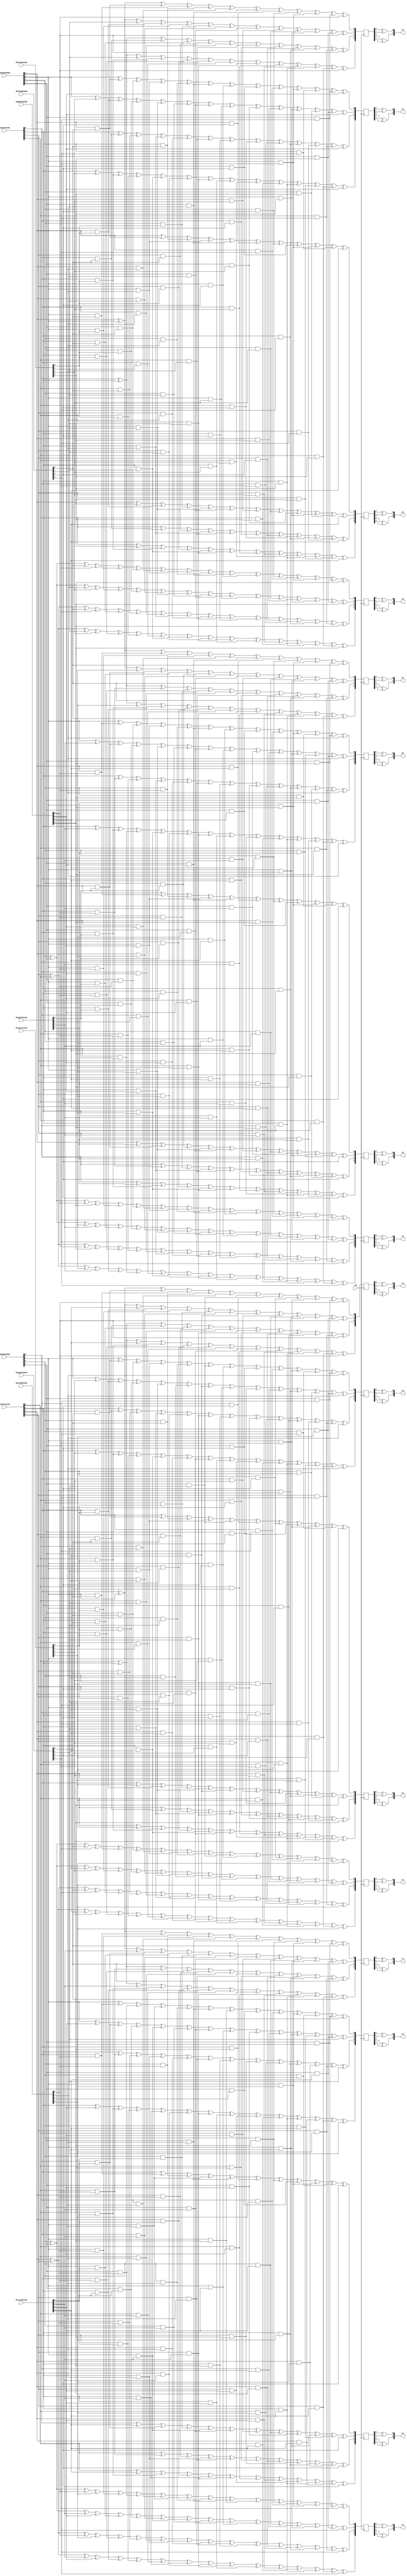
`timescale 1ns / 1ps
//////////////////////////////////////////////////////////////////////////////////
// Company: 
// Engineer: 
// 
// Design Name: 
// Module Name:    GF16Mul_Unit 
// Project Name: 
// Target Devices: 
// Tool versions: 
// Description: 
//
// Dependencies: 
//
// Revision: 
// Revision 0.01 - File Created
// Additional Comments: 
//
//////////////////////////////////////////////////////////////////////////////////
module GF16Mul_Unit(
	input				clk,
	
	// SboxA;
	input	[03:00]		da0ca0ba0aa0,
	input	[03:00]		da1ca1ba1aa1,
	
	input	[03:00]		ha0ga0fa0ea0,
	input	[03:00]		ha1ga1fa1ea1,
	
	input	[03:00]		qa0pa0na0ma0,
	input	[03:00]		qa1pa1na1ma1,
	
	output	[01:00]		xa,
	output	[01:00]		ya,
	output	[01:00]		za,
	output	[01:00]		ta,
	
	output	[01:00]		ra,
	output	[01:00]		sa,
	output	[01:00]		ua,
	output	[01:00]		va,
	
	// SboxB;
	input	[03:00]		db0cb0bb0ab0,
	input	[03:00]		db1cb1bb1ab1,
	
	input	[03:00]		hb0gb0fb0eb0,
	input	[03:00]		hb1gb1fb1eb1,
	
	input	[03:00]		qb0pb0nb0mb0,
	input	[03:00]		qb1pb1nb1mb1,
	
	output	[01:00]		xb,
	output	[01:00]		yb,
	output	[01:00]		zb,
	output	[01:00]		tb,
	
	output	[01:00]		rb,
	output	[01:00]		sb,
	output	[01:00]		ub,
	output	[01:00]		vb
    );
	
	// intermediate;
	// SboxA;
	wire				ha0, ha1;
	wire				ga0, ga1;
	wire				fa0, fa1;
	wire				ea0, ea1;
	
	wire				da0, da1;
	wire				ca0, ca1;
	wire				ba0, ba1;
	wire				aa0, aa1;
	
	wire				qa0, qa1;
	wire				pa0, pa1;
	wire				na0, na1;
	wire				ma0, ma1;
	
	wire				ma0aa0, ma0aa1;
	wire				ma1aa0, ma1aa1;
	
	wire				ma0ba0, ma0ba1;
	wire				ma1ba0, ma1ba1;
	
	wire				ma0ca0, ma0ca1;
	wire				ma1ca0, ma1ca1;
	
	wire				ma0da0, ma0da1;
	wire				ma1da0, ma1da1;
	
	wire				ma0ea0, ma0ea1;
	wire				ma1ea0, ma1ea1;
	
	wire				ma0fa0, ma0fa1;
	wire				ma1fa0, ma1fa1;
	
	wire				ma0ga0, ma0ga1;
	wire				ma1ga0, ma1ga1;
	
	wire				ma0ha0, ma0ha1;
	wire				ma1ha0, ma1ha1;
	
	wire				na0aa0, na0aa1;
	wire				na1aa0, na1aa1;
	
	wire				na0ba0, na0ba1;
	wire				na1ba0, na1ba1;
	
	wire				na0ca0, na0ca1;
	wire				na1ca0, na1ca1;
	
	wire				na0da0, na0da1;
	wire				na1da0, na1da1;
	
	wire				na0ea0, na0ea1;
	wire				na1ea0, na1ea1;
	
	wire				na0fa0, na0fa1;
	wire				na1fa0, na1fa1;
	
	wire				na0ga0, na0ga1;
	wire				na1ga0, na1ga1;
	
	wire				na0ha0, na0ha1;
	wire				na1ha0, na1ha1;
	
	wire				pa0aa0, pa0aa1;
	wire				pa1aa0, pa1aa1;
	
	wire				pa0ba0, pa0ba1;
	wire				pa1ba0, pa1ba1;
	
	wire				pa0ca0, pa0ca1;
	wire				pa1ca0, pa1ca1;
	
	wire				pa0da0, pa0da1;
	wire				pa1da0, pa1da1;
	
	wire				pa0ea0, pa0ea1;
	wire				pa1ea0, pa1ea1;
	
	wire				pa0fa0, pa0fa1;
	wire				pa1fa0, pa1fa1;
	
	wire				pa0ga0, pa0ga1;
	wire				pa1ga0, pa1ga1;
	
	wire				pa0ha0, pa0ha1;
	wire				pa1ha0, pa1ha1;
	
	wire				qa0aa0, qa0aa1;
	wire				qa1aa0, qa1aa1;
	
	wire				qa0ba0, qa0ba1;
	wire				qa1ba0, qa1ba1;
	
	wire				qa0ca0, qa0ca1;
	wire				qa1ca0, qa1ca1;
	
	wire				qa0da0, qa0da1;
	wire				qa1da0, qa1da1;
	
	wire				qa0ea0, qa0ea1;
	wire				qa1ea0, qa1ea1;
	
	wire				qa0fa0, qa0fa1;
	wire				qa1fa0, qa1fa1;
	
	wire				qa0ga0, qa0ga1;
	wire				qa1ga0, qa1ga1;
	
	wire				qa0ha0, qa0ha1;
	wire				qa1ha0, qa1ha1;
	
	reg		[03:00]		xa_r;
	reg		[03:00]		ya_r;
	reg		[03:00]		za_r;
	reg		[03:00]		ta_r;
	
	reg		[03:00]		ra_r;
	reg		[03:00]		sa_r;
	reg		[03:00]		ua_r;
	reg		[03:00]		va_r;
	
	// SboxB;
	wire				hb0, hb1;
	wire				gb0, gb1;
	wire				fb0, fb1;
	wire				eb0, eb1;
	
	wire				db0, db1;
	wire				cb0, cb1;
	wire				bb0, bb1;
	wire				ab0, ab1;
	
	wire				qb0, qb1;
	wire				pb0, pb1;
	wire				nb0, nb1;
	wire				mb0, mb1;
	
	wire				mb0ab0, mb0ab1;
	wire				mb1ab0, mb1ab1;
	
	wire				mb0bb0, mb0bb1;
	wire				mb1bb0, mb1bb1;
	
	wire				mb0cb0, mb0cb1;
	wire				mb1cb0, mb1cb1;
	
	wire				mb0db0, mb0db1;
	wire				mb1db0, mb1db1;
	
	wire				mb0eb0, mb0eb1;
	wire				mb1eb0, mb1eb1;
	
	wire				mb0fb0, mb0fb1;
	wire				mb1fb0, mb1fb1;
	
	wire				mb0gb0, mb0gb1;
	wire				mb1gb0, mb1gb1;
	
	wire				mb0hb0, mb0hb1;
	wire				mb1hb0, mb1hb1;
	
	wire				nb0ab0, nb0ab1;
	wire				nb1ab0, nb1ab1;
	
	wire				nb0bb0, nb0bb1;
	wire				nb1bb0, nb1bb1;
	
	wire				nb0cb0, nb0cb1;
	wire				nb1cb0, nb1cb1;
	
	wire				nb0db0, nb0db1;
	wire				nb1db0, nb1db1;
	
	wire				nb0eb0, nb0eb1;
	wire				nb1eb0, nb1eb1;
	
	wire				nb0fb0, nb0fb1;
	wire				nb1fb0, nb1fb1;
	
	wire				nb0gb0, nb0gb1;
	wire				nb1gb0, nb1gb1;
	
	wire				nb0hb0, nb0hb1;
	wire				nb1hb0, nb1hb1;
	
	wire				pb0ab0, pb0ab1;
	wire				pb1ab0, pb1ab1;
	
	wire				pb0bb0, pb0bb1;
	wire				pb1bb0, pb1bb1;
	
	wire				pb0cb0, pb0cb1;
	wire				pb1cb0, pb1cb1;
	
	wire				pb0db0, pb0db1;
	wire				pb1db0, pb1db1;
	
	wire				pb0eb0, pb0eb1;
	wire				pb1eb0, pb1eb1;
	
	wire				pb0fb0, pb0fb1;
	wire				pb1fb0, pb1fb1;
	
	wire				pb0gb0, pb0gb1;
	wire				pb1gb0, pb1gb1;
	
	wire				pb0hb0, pb0hb1;
	wire				pb1hb0, pb1hb1;
	
	wire				qb0ab0, qb0ab1;
	wire				qb1ab0, qb1ab1;
	
	wire				qb0bb0, qb0bb1;
	wire				qb1bb0, qb1bb1;
	
	wire				qb0cb0, qb0cb1;
	wire				qb1cb0, qb1cb1;
	
	wire				qb0db0, qb0db1;
	wire				qb1db0, qb1db1;
	
	wire				qb0eb0, qb0eb1;
	wire				qb1eb0, qb1eb1;
	
	wire				qb0fb0, qb0fb1;
	wire				qb1fb0, qb1fb1;
	
	wire				qb0gb0, qb0gb1;
	wire				qb1gb0, qb1gb1;
	
	wire				qb0hb0, qb0hb1;
	wire				qb1hb0, qb1hb1;
	
	reg		[03:00]		xb_r;
	reg		[03:00]		yb_r;
	reg		[03:00]		zb_r;
	reg		[03:00]		tb_r;
	
	reg		[03:00]		rb_r;
	reg		[03:00]		sb_r;
	reg		[03:00]		ub_r;
	reg		[03:00]		vb_r;
	
	// SboxA assign;
	assign ha0 = ha0ga0fa0ea0[3];
	assign ga0 = ha0ga0fa0ea0[2];
	assign fa0 = ha0ga0fa0ea0[1];
	assign ea0 = ha0ga0fa0ea0[0];
	
	assign da0 = da0ca0ba0aa0[3];
	assign ca0 = da0ca0ba0aa0[2];
	assign ba0 = da0ca0ba0aa0[1];
	assign aa0 = da0ca0ba0aa0[0];
	
	assign qa0 = qa0pa0na0ma0[3];
	assign pa0 = qa0pa0na0ma0[2];
	assign na0 = qa0pa0na0ma0[1];
	assign ma0 = qa0pa0na0ma0[0];
	
	assign ha1 = ha1ga1fa1ea1[3];
	assign ga1 = ha1ga1fa1ea1[2];
	assign fa1 = ha1ga1fa1ea1[1];
	assign ea1 = ha1ga1fa1ea1[0];
	
	assign da1 = da1ca1ba1aa1[3];
	assign ca1 = da1ca1ba1aa1[2];
	assign ba1 = da1ca1ba1aa1[1];
	assign aa1 = da1ca1ba1aa1[0];
	
	assign qa1 = qa1pa1na1ma1[3];
	assign pa1 = qa1pa1na1ma1[2];
	assign na1 = qa1pa1na1ma1[1];
	assign ma1 = qa1pa1na1ma1[0];
	
	assign ma0aa0 = ma0 & aa0;
	assign ma0aa1 = ma0 & aa1;
	assign ma1aa0 = ma1 & aa0;
	assign ma1aa1 = ma1 & aa1;
	
	assign ma0ba0 = ma0 & ba0;
	assign ma0ba1 = ma0 & ba1;
	assign ma1ba0 = ma1 & ba0;
	assign ma1ba1 = ma1 & ba1;
	
	assign ma0ca0 = ma0 & ca0;
	assign ma0ca1 = ma0 & ca1;
	assign ma1ca0 = ma1 & ca0;
	assign ma1ca1 = ma1 & ca1;
	
	assign ma0da0 = ma0 & da0;
	assign ma0da1 = ma0 & da1;
	assign ma1da0 = ma1 & da0;
	assign ma1da1 = ma1 & da1;
	
	assign ma0ea0 = ma0 & ea0;
	assign ma0ea1 = ma0 & ea1;
	assign ma1ea0 = ma1 & ea0;
	assign ma1ea1 = ma1 & ea1;
	
	assign ma0fa0 = ma0 & fa0;
	assign ma0fa1 = ma0 & fa1;
	assign ma1fa0 = ma1 & fa0;
	assign ma1fa1 = ma1 & fa1;
	
	assign ma0ga0 = ma0 & ga0;
	assign ma0ga1 = ma0 & ga1;
	assign ma1ga0 = ma1 & ga0;
	assign ma1ga1 = ma1 & ga1;
	
	assign ma0ha0 = ma0 & ha0;
	assign ma0ha1 = ma0 & ha1;
	assign ma1ha0 = ma1 & ha0;
	assign ma1ha1 = ma1 & ha1;
	
	assign na0aa0 = na0 & aa0;
	assign na0aa1 = na0 & aa1;
	assign na1aa0 = na1 & aa0;
	assign na1aa1 = na1 & aa1;
	
	assign na0ba0 = na0 & ba0;
	assign na0ba1 = na0 & ba1;
	assign na1ba0 = na1 & ba0;
	assign na1ba1 = na1 & ba1;
	
	assign na0ca0 = na0 & ca0;
	assign na0ca1 = na0 & ca1;
	assign na1ca0 = na1 & ca0;
	assign na1ca1 = na1 & ca1;
	
	assign na0da0 = na0 & da0;
	assign na0da1 = na0 & da1;
	assign na1da0 = na1 & da0;
	assign na1da1 = na1 & da1;
	
	assign na0ea0 = na0 & ea0;
	assign na0ea1 = na0 & ea1;
	assign na1ea0 = na1 & ea0;
	assign na1ea1 = na1 & ea1;
	
	assign na0fa0 = na0 & fa0;
	assign na0fa1 = na0 & fa1;
	assign na1fa0 = na1 & fa0;
	assign na1fa1 = na1 & fa1;
	
	assign na0ga0 = na0 & ga0;
	assign na0ga1 = na0 & ga1;
	assign na1ga0 = na1 & ga0;
	assign na1ga1 = na1 & ga1;
	
	assign na0ha0 = na0 & ha0;
	assign na0ha1 = na0 & ha1;
	assign na1ha0 = na1 & ha0;
	assign na1ha1 = na1 & ha1;
	
	assign pa0aa0 = pa0 & aa0;
	assign pa0aa1 = pa0 & aa1;
	assign pa1aa0 = pa1 & aa0;
	assign pa1aa1 = pa1 & aa1;
	
	assign pa0ba0 = pa0 & ba0;
	assign pa0ba1 = pa0 & ba1;
	assign pa1ba0 = pa1 & ba0;
	assign pa1ba1 = pa1 & ba1;
	
	assign pa0ca0 = pa0 & ca0;
	assign pa0ca1 = pa0 & ca1;
	assign pa1ca0 = pa1 & ca0;
	assign pa1ca1 = pa1 & ca1;
	
	assign pa0da0 = pa0 & da0;
	assign pa0da1 = pa0 & da1;
	assign pa1da0 = pa1 & da0;
	assign pa1da1 = pa1 & da1;
	
	assign pa0ea0 = pa0 & ea0;
	assign pa0ea1 = pa0 & ea1;
	assign pa1ea0 = pa1 & ea0;
	assign pa1ea1 = pa1 & ea1;
	
	assign pa0fa0 = pa0 & fa0;
	assign pa0fa1 = pa0 & fa1;
	assign pa1fa0 = pa1 & fa0;
	assign pa1fa1 = pa1 & fa1;
	
	assign pa0ga0 = pa0 & ga0;
	assign pa0ga1 = pa0 & ga1;
	assign pa1ga0 = pa1 & ga0;
	assign pa1ga1 = pa1 & ga1;
	
	assign pa0ha0 = pa0 & ha0;
	assign pa0ha1 = pa0 & ha1;
	assign pa1ha0 = pa1 & ha0;
	assign pa1ha1 = pa1 & ha1;
	
	assign qa0aa0 = qa0 & aa0;
	assign qa0aa1 = qa0 & aa1;
	assign qa1aa0 = qa1 & aa0;
	assign qa1aa1 = qa1 & aa1;
	
	assign qa0ba0 = qa0 & ba0;
	assign qa0ba1 = qa0 & ba1;
	assign qa1ba0 = qa1 & ba0;
	assign qa1ba1 = qa1 & ba1;
	
	assign qa0ca0 = qa0 & ca0;
	assign qa0ca1 = qa0 & ca1;
	assign qa1ca0 = qa1 & ca0;
	assign qa1ca1 = qa1 & ca1;
	
	assign qa0da0 = qa0 & da0;
	assign qa0da1 = qa0 & da1;
	assign qa1da0 = qa1 & da0;
	assign qa1da1 = qa1 & da1;
	
	assign qa0ea0 = qa0 & ea0;
	assign qa0ea1 = qa0 & ea1;
	assign qa1ea0 = qa1 & ea0;
	assign qa1ea1 = qa1 & ea1;
	
	assign qa0fa0 = qa0 & fa0;
	assign qa0fa1 = qa0 & fa1;
	assign qa1fa0 = qa1 & fa0;
	assign qa1fa1 = qa1 & fa1;
	
	assign qa0ga0 = qa0 & ga0;
	assign qa0ga1 = qa0 & ga1;
	assign qa1ga0 = qa1 & ga0;
	assign qa1ga1 = qa1 & ga1;
	
	assign qa0ha0 = qa0 & ha0;
	assign qa0ha1 = qa0 & ha1;
	assign qa1ha0 = qa1 & ha0;
	assign qa1ha1 = qa1 & ha1;
	
	// SboxB assign;
	assign hb0 = hb0gb0fb0eb0[3];
	assign gb0 = hb0gb0fb0eb0[2];
	assign fb0 = hb0gb0fb0eb0[1];
	assign eb0 = hb0gb0fb0eb0[0];
	
	assign db0 = db0cb0bb0ab0[3];
	assign cb0 = db0cb0bb0ab0[2];
	assign bb0 = db0cb0bb0ab0[1];
	assign ab0 = db0cb0bb0ab0[0];
	
	assign qb0 = qb0pb0nb0mb0[3];
	assign pb0 = qb0pb0nb0mb0[2];
	assign nb0 = qb0pb0nb0mb0[1];
	assign mb0 = qb0pb0nb0mb0[0];
	
	assign hb1 = hb1gb1fb1eb1[3];
	assign gb1 = hb1gb1fb1eb1[2];
	assign fb1 = hb1gb1fb1eb1[1];
	assign eb1 = hb1gb1fb1eb1[0];
	
	assign db1 = db1cb1bb1ab1[3];
	assign cb1 = db1cb1bb1ab1[2];
	assign bb1 = db1cb1bb1ab1[1];
	assign ab1 = db1cb1bb1ab1[0];
	
	assign qb1 = qb1pb1nb1mb1[3];
	assign pb1 = qb1pb1nb1mb1[2];
	assign nb1 = qb1pb1nb1mb1[1];
	assign mb1 = qb1pb1nb1mb1[0];
	
	assign mb0ab0 = mb0 & ab0;
	assign mb0ab1 = mb0 & ab1;
	assign mb1ab0 = mb1 & ab0;
	assign mb1ab1 = mb1 & ab1;
	
	assign mb0bb0 = mb0 & bb0;
	assign mb0bb1 = mb0 & bb1;
	assign mb1bb0 = mb1 & bb0;
	assign mb1bb1 = mb1 & bb1;
	
	assign mb0cb0 = mb0 & cb0;
	assign mb0cb1 = mb0 & cb1;
	assign mb1cb0 = mb1 & cb0;
	assign mb1cb1 = mb1 & cb1;
	
	assign mb0db0 = mb0 & db0;
	assign mb0db1 = mb0 & db1;
	assign mb1db0 = mb1 & db0;
	assign mb1db1 = mb1 & db1;
	
	assign mb0eb0 = mb0 & eb0;
	assign mb0eb1 = mb0 & eb1;
	assign mb1eb0 = mb1 & eb0;
	assign mb1eb1 = mb1 & eb1;
	
	assign mb0fb0 = mb0 & fb0;
	assign mb0fb1 = mb0 & fb1;
	assign mb1fb0 = mb1 & fb0;
	assign mb1fb1 = mb1 & fb1;
	
	assign mb0gb0 = mb0 & gb0;
	assign mb0gb1 = mb0 & gb1;
	assign mb1gb0 = mb1 & gb0;
	assign mb1gb1 = mb1 & gb1;
	
	assign mb0hb0 = mb0 & hb0;
	assign mb0hb1 = mb0 & hb1;
	assign mb1hb0 = mb1 & hb0;
	assign mb1hb1 = mb1 & hb1;
	
	assign nb0ab0 = nb0 & ab0;
	assign nb0ab1 = nb0 & ab1;
	assign nb1ab0 = nb1 & ab0;
	assign nb1ab1 = nb1 & ab1;
	
	assign nb0bb0 = nb0 & bb0;
	assign nb0bb1 = nb0 & bb1;
	assign nb1bb0 = nb1 & bb0;
	assign nb1bb1 = nb1 & bb1;
	
	assign nb0cb0 = nb0 & cb0;
	assign nb0cb1 = nb0 & cb1;
	assign nb1cb0 = nb1 & cb0;
	assign nb1cb1 = nb1 & cb1;
	
	assign nb0db0 = nb0 & db0;
	assign nb0db1 = nb0 & db1;
	assign nb1db0 = nb1 & db0;
	assign nb1db1 = nb1 & db1;
	
	assign nb0eb0 = nb0 & eb0;
	assign nb0eb1 = nb0 & eb1;
	assign nb1eb0 = nb1 & eb0;
	assign nb1eb1 = nb1 & eb1;
	
	assign nb0fb0 = nb0 & fb0;
	assign nb0fb1 = nb0 & fb1;
	assign nb1fb0 = nb1 & fb0;
	assign nb1fb1 = nb1 & fb1;
	
	assign nb0gb0 = nb0 & gb0;
	assign nb0gb1 = nb0 & gb1;
	assign nb1gb0 = nb1 & gb0;
	assign nb1gb1 = nb1 & gb1;
	
	assign nb0hb0 = nb0 & hb0;
	assign nb0hb1 = nb0 & hb1;
	assign nb1hb0 = nb1 & hb0;
	assign nb1hb1 = nb1 & hb1;
	
	assign pb0ab0 = pb0 & ab0;
	assign pb0ab1 = pb0 & ab1;
	assign pb1ab0 = pb1 & ab0;
	assign pb1ab1 = pb1 & ab1;
	
	assign pb0bb0 = pb0 & bb0;
	assign pb0bb1 = pb0 & bb1;
	assign pb1bb0 = pb1 & bb0;
	assign pb1bb1 = pb1 & bb1;
	
	assign pb0cb0 = pb0 & cb0;
	assign pb0cb1 = pb0 & cb1;
	assign pb1cb0 = pb1 & cb0;
	assign pb1cb1 = pb1 & cb1;
	
	assign pb0db0 = pb0 & db0;
	assign pb0db1 = pb0 & db1;
	assign pb1db0 = pb1 & db0;
	assign pb1db1 = pb1 & db1;
	
	assign pb0eb0 = pb0 & eb0;
	assign pb0eb1 = pb0 & eb1;
	assign pb1eb0 = pb1 & eb0;
	assign pb1eb1 = pb1 & eb1;
	
	assign pb0fb0 = pb0 & fb0;
	assign pb0fb1 = pb0 & fb1;
	assign pb1fb0 = pb1 & fb0;
	assign pb1fb1 = pb1 & fb1;
	
	assign pb0gb0 = pb0 & gb0;
	assign pb0gb1 = pb0 & gb1;
	assign pb1gb0 = pb1 & gb0;
	assign pb1gb1 = pb1 & gb1;
	
	assign pb0hb0 = pb0 & hb0;
	assign pb0hb1 = pb0 & hb1;
	assign pb1hb0 = pb1 & hb0;
	assign pb1hb1 = pb1 & hb1;
	
	assign qb0ab0 = qb0 & ab0;
	assign qb0ab1 = qb0 & ab1;
	assign qb1ab0 = qb1 & ab0;
	assign qb1ab1 = qb1 & ab1;
	
	assign qb0bb0 = qb0 & bb0;
	assign qb0bb1 = qb0 & bb1;
	assign qb1bb0 = qb1 & bb0;
	assign qb1bb1 = qb1 & bb1;
	
	assign qb0cb0 = qb0 & cb0;
	assign qb0cb1 = qb0 & cb1;
	assign qb1cb0 = qb1 & cb0;
	assign qb1cb1 = qb1 & cb1;
	
	assign qb0db0 = qb0 & db0;
	assign qb0db1 = qb0 & db1;
	assign qb1db0 = qb1 & db0;
	assign qb1db1 = qb1 & db1;
	
	assign qb0eb0 = qb0 & eb0;
	assign qb0eb1 = qb0 & eb1;
	assign qb1eb0 = qb1 & eb0;
	assign qb1eb1 = qb1 & eb1;
	
	assign qb0fb0 = qb0 & fb0;
	assign qb0fb1 = qb0 & fb1;
	assign qb1fb0 = qb1 & fb0;
	assign qb1fb1 = qb1 & fb1;
	
	assign qb0gb0 = qb0 & gb0;
	assign qb0gb1 = qb0 & gb1;
	assign qb1gb0 = qb1 & gb0;
	assign qb1gb1 = qb1 & gb1;
	
	assign qb0hb0 = qb0 & hb0;
	assign qb0hb1 = qb0 & hb1;
	assign qb1hb0 = qb1 & hb0;
	assign qb1hb1 = qb1 & hb1;
	
	//// SboxA Masking Scheme;
	// xa_r;
	always @(posedge clk)
	begin
		xa_r[0] <= ma0 ^ na0	   ^ ma0ea0 ^ na0ea0 ^ pa0ea0 ^ ma0fa0 ^ qa0fa0 ^ ma0ga0 ^ pa0ga0 ^ na0ha0 ^ qa0ha0 ^ aa0;
		xa_r[1] <= ma0 ^ na0 ^ fa1 ^ ma0ea1 ^ na0ea1 ^ pa0ea1 ^ ma0fa1 ^ qa0fa1 ^ ma0ga1 ^ pa0ga1 ^ na0ha1 ^ qa0ha1 ^ aa0;
		xa_r[2] <= ma1 ^ na1	   ^ ma1ea0 ^ na1ea0 ^ pa1ea0 ^ ma1fa0 ^ qa1fa0 ^ ma1ga0 ^ pa1ga0 ^ na1ha0 ^ qa1ha0 ^ aa0;
		xa_r[3] <= ma1 ^ na1 ^ fa1 ^ ma1ea1 ^ na1ea1 ^ pa1ea1 ^ ma1fa1 ^ qa1fa1 ^ ma1ga1 ^ pa1ga1 ^ na1ha1 ^ qa1ha1 ^ aa0;
	end
	
	// ya_r;
	always @(posedge clk)
	begin
		ya_r[0] <= na0		 ^ ma0ea0 ^ qa0ea0 ^ na0fa0 ^ pa0fa0 ^ qa0fa0 ^ na0ga0 ^ qa0ga0 ^ ma0ha0 ^ na0ha0 ^ pa0ha0 ^ qa0ha0 ^ ba0;
		ya_r[1] <= na0 ^ ga1 ^ ma0ea1 ^ qa0ea1 ^ na0fa1 ^ pa0fa1 ^ qa0fa1 ^ na0ga1 ^ qa0ga1 ^ ma0ha1 ^ na0ha1 ^ pa0ha1 ^ qa0ha1 ^ ba0;
		ya_r[2] <= na1		 ^ ma1ea0 ^ qa1ea0 ^ na1fa0 ^ pa1fa0 ^ qa1fa0 ^ na1ga0 ^ qa1ga0 ^ ma1ha0 ^ na1ha0 ^ pa1ha0 ^ qa1ha0 ^ ba0;
		ya_r[3] <= na1 ^ ga1 ^ ma1ea1 ^ qa1ea1 ^ na1fa1 ^ pa1fa1 ^ qa1fa1 ^ na1ga1 ^ qa1ga1 ^ ma1ha1 ^ na1ha1 ^ pa1ha1 ^ qa1ha1 ^ ba0;
	end
	
	// za_r;
	always @(posedge clk)
	begin
		za_r[0] <= ma0		 ^ ma0ea0 ^ pa0ea0 ^ na0fa0 ^ qa0fa0 ^ ma0ga0 ^ pa0ga0 ^ qa0ga0 ^ na0ha0 ^ pa0ha0 ^ ca0;
		za_r[1] <= ma0 ^ ha1 ^ ma0ea1 ^ pa0ea1 ^ na0fa1 ^ qa0fa1 ^ ma0ga1 ^ pa0ga1 ^ qa0ga1 ^ na0ha1 ^ pa0ha1 ^ ca0;
		za_r[2] <= ma1		 ^ ma1ea0 ^ pa1ea0 ^ na1fa0 ^ qa1fa0 ^ ma1ga0 ^ pa1ga0 ^ qa1ga0 ^ na1ha0 ^ pa1ha0 ^ ca0;
		za_r[3] <= ma1 ^ ha1 ^ ma1ea1 ^ pa1ea1 ^ na1fa1 ^ qa1fa1 ^ ma1ga1 ^ pa1ga1 ^ qa1ga1 ^ na1ha1 ^ pa1ha1 ^ ca0;
	end
	
	// ta_r;
	always @(posedge clk)
	begin
		ta_r[0] <= pa0 ^ qa0 ^ ea0 ^ ha0 ^ na0ea0 ^ qa0ea0 ^ ma0fa0 ^ na0fa0 ^ pa0fa0 ^ qa0fa0 ^ na0ga0 ^ pa0ga0 ^ ma0ha0 ^ na0ha0 ^ qa0ha0 ^ da0;
		ta_r[1] <= pa0 ^ qa0 ^ fa1 ^ ga1 ^ na0ea1 ^ qa0ea1 ^ ma0fa1 ^ na0fa1 ^ pa0fa1 ^ qa0fa1 ^ na0ga1 ^ pa0ga1 ^ ma0ha1 ^ na0ha1 ^ qa0ha1 ^ da0;
		ta_r[2] <= pa1 ^ qa1 ^ ea0 ^ ha0 ^ na1ea0 ^ qa1ea0 ^ ma1fa0 ^ na1fa0 ^ pa1fa0 ^ qa1fa0 ^ na1ga0 ^ pa1ga0 ^ ma1ha0 ^ na1ha0 ^ qa1ha0 ^ da0;
		ta_r[3] <= pa1 ^ qa1 ^ fa1 ^ ga1 ^ na1ea1 ^ qa1ea1 ^ ma1fa1 ^ na1fa1 ^ pa1fa1 ^ qa1fa1 ^ na1ga1 ^ pa1ga1 ^ ma1ha1 ^ na1ha1 ^ qa1ha1 ^ da0;
	end
	
	// ra_r;
	always @(posedge clk)
	begin
		ra_r[0] <= ma0 ^ na0	   ^ ma0aa0 ^ na0aa0 ^ pa0aa0 ^ ma0ba0 ^ qa0ba0 ^ ma0ca0 ^ pa0ca0 ^ na0da0 ^ qa0da0 ^ ea0;
		ra_r[1] <= ma0 ^ na0 ^ ba1 ^ ma0aa1 ^ na0aa1 ^ pa0aa1 ^ ma0ba1 ^ qa0ba1 ^ ma0ca1 ^ pa0ca1 ^ na0da1 ^ qa0da1 ^ ea0;
		ra_r[2] <= ma1 ^ na1	   ^ ma1aa0 ^ na1aa0 ^ pa1aa0 ^ ma1ba0 ^ qa1ba0 ^ ma1ca0 ^ pa1ca0 ^ na1da0 ^ qa1da0 ^ ea0;
		ra_r[3] <= ma1 ^ na1 ^ ba1 ^ ma1aa1 ^ na1aa1 ^ pa1aa1 ^ ma1ba1 ^ qa1ba1 ^ ma1ca1 ^ pa1ca1 ^ na1da1 ^ qa1da1 ^ ea0;
	end
	
	// sa_r;
	always @(posedge clk)
	begin
		sa_r[0] <= na0		 ^ ma0aa0 ^ qa0aa0 ^ na0ba0 ^ pa0ba0 ^ qa0ba0 ^ na0ca0 ^ qa0ca0 ^ ma0da0 ^ na0da0 ^ pa0da0 ^ qa0da0 ^ fa0;
		sa_r[1] <= na0 ^ ca1 ^ ma0aa1 ^ qa0aa1 ^ na0ba1 ^ pa0ba1 ^ qa0ba1 ^ na0ca1 ^ qa0ca1 ^ ma0da1 ^ na0da1 ^ pa0da1 ^ qa0da1 ^ fa0;
		sa_r[2] <= na1		 ^ ma1aa0 ^ qa1aa0 ^ na1ba0 ^ pa1ba0 ^ qa1ba0 ^ na1ca0 ^ qa1ca0 ^ ma1da0 ^ na1da0 ^ pa1da0 ^ qa1da0 ^ fa0;
		sa_r[3] <= na1 ^ ca1 ^ ma1aa1 ^ qa1aa1 ^ na1ba1 ^ pa1ba1 ^ qa1ba1 ^ na1ca1 ^ qa1ca1 ^ ma1da1 ^ na1da1 ^ pa1da1 ^ qa1da1 ^ fa0;
	end
	
	// ua_r;
	always @(posedge clk)
	begin
		ua_r[0] <= ma0		 ^ ma0aa0 ^ pa0aa0 ^ na0ba0 ^ qa0ba0 ^ ma0ca0 ^ pa0ca0 ^ qa0ca0 ^ na0da0 ^ pa0da0 ^ ga0;
		ua_r[1] <= ma0 ^ da1 ^ ma0aa1 ^ pa0aa1 ^ na0ba1 ^ qa0ba1 ^ ma0ca1 ^ pa0ca1 ^ qa0ca1 ^ na0da1 ^ pa0da1 ^ ga0;
		ua_r[2] <= ma1		 ^ ma1aa0 ^ pa1aa0 ^ na1ba0 ^ qa1ba0 ^ ma1ca0 ^ pa1ca0 ^ qa1ca0 ^ na1da0 ^ pa1da0 ^ ga0;
		ua_r[3] <= ma1 ^ da1 ^ ma1aa1 ^ pa1aa1 ^ na1ba1 ^ qa1ba1 ^ ma1ca1 ^ pa1ca1 ^ qa1ca1 ^ na1da1 ^ pa1da1 ^ ga0;
	end
	
	// va_r;
	always @(posedge clk)
	begin
		va_r[0] <= pa0 ^ qa0 ^ aa0 ^ da0 ^ na0aa0 ^ qa0aa0 ^ ma0ba0 ^ na0ba0 ^ pa0ba0 ^ qa0ba0 ^ na0ca0 ^ pa0ca0 ^ ma0da0 ^ na0da0 ^ qa0da0 ^ ha0;
		va_r[1] <= pa0 ^ qa0 ^ ba1 ^ ca1 ^ na0aa1 ^ qa0aa1 ^ ma0ba1 ^ na0ba1 ^ pa0ba1 ^ qa0ba1 ^ na0ca1 ^ pa0ca1 ^ ma0da1 ^ na0da1 ^ qa0da1 ^ ha0;
		va_r[2] <= pa1 ^ qa1 ^ aa0 ^ da0 ^ na1aa0 ^ qa1aa0 ^ ma1ba0 ^ na1ba0 ^ pa1ba0 ^ qa1ba0 ^ na1ca0 ^ pa1ca0 ^ ma1da0 ^ na1da0 ^ qa1da0 ^ ha0;
		va_r[3] <= pa1 ^ qa1 ^ ba1 ^ ca1 ^ na1aa1 ^ qa1aa1 ^ ma1ba1 ^ na1ba1 ^ pa1ba1 ^ qa1ba1 ^ na1ca1 ^ pa1ca1 ^ ma1da1 ^ na1da1 ^ qa1da1 ^ ha0;
	end
	
	//// SboxB mbsking Scheme;
	// xb_r;
	always @(posedge clk)
	begin
		xb_r[0] <= mb0 ^ nb0	   ^ mb0eb0 ^ nb0eb0 ^ pb0eb0 ^ mb0fb0 ^ qb0fb0 ^ mb0gb0 ^ pb0gb0 ^ nb0hb0 ^ qb0hb0 ^ ab0;
		xb_r[1] <= mb0 ^ nb0 ^ fb1 ^ mb0eb1 ^ nb0eb1 ^ pb0eb1 ^ mb0fb1 ^ qb0fb1 ^ mb0gb1 ^ pb0gb1 ^ nb0hb1 ^ qb0hb1 ^ ab0;
		xb_r[2] <= mb1 ^ nb1	   ^ mb1eb0 ^ nb1eb0 ^ pb1eb0 ^ mb1fb0 ^ qb1fb0 ^ mb1gb0 ^ pb1gb0 ^ nb1hb0 ^ qb1hb0 ^ ab0;
		xb_r[3] <= mb1 ^ nb1 ^ fb1 ^ mb1eb1 ^ nb1eb1 ^ pb1eb1 ^ mb1fb1 ^ qb1fb1 ^ mb1gb1 ^ pb1gb1 ^ nb1hb1 ^ qb1hb1 ^ ab0;
	end
	
	// yb_r;
	always @(posedge clk)
	begin
		yb_r[0] <= nb0		 ^ mb0eb0 ^ qb0eb0 ^ nb0fb0 ^ pb0fb0 ^ qb0fb0 ^ nb0gb0 ^ qb0gb0 ^ mb0hb0 ^ nb0hb0 ^ pb0hb0 ^ qb0hb0 ^ bb0;
		yb_r[1] <= nb0 ^ gb1 ^ mb0eb1 ^ qb0eb1 ^ nb0fb1 ^ pb0fb1 ^ qb0fb1 ^ nb0gb1 ^ qb0gb1 ^ mb0hb1 ^ nb0hb1 ^ pb0hb1 ^ qb0hb1 ^ bb0;
		yb_r[2] <= nb1		 ^ mb1eb0 ^ qb1eb0 ^ nb1fb0 ^ pb1fb0 ^ qb1fb0 ^ nb1gb0 ^ qb1gb0 ^ mb1hb0 ^ nb1hb0 ^ pb1hb0 ^ qb1hb0 ^ bb0;
		yb_r[3] <= nb1 ^ gb1 ^ mb1eb1 ^ qb1eb1 ^ nb1fb1 ^ pb1fb1 ^ qb1fb1 ^ nb1gb1 ^ qb1gb1 ^ mb1hb1 ^ nb1hb1 ^ pb1hb1 ^ qb1hb1 ^ bb0;
	end
	
	// zb_r;
	always @(posedge clk)
	begin
		zb_r[0] <= mb0		 ^ mb0eb0 ^ pb0eb0 ^ nb0fb0 ^ qb0fb0 ^ mb0gb0 ^ pb0gb0 ^ qb0gb0 ^ nb0hb0 ^ pb0hb0 ^ cb0;
		zb_r[1] <= mb0 ^ hb1 ^ mb0eb1 ^ pb0eb1 ^ nb0fb1 ^ qb0fb1 ^ mb0gb1 ^ pb0gb1 ^ qb0gb1 ^ nb0hb1 ^ pb0hb1 ^ cb0;
		zb_r[2] <= mb1		 ^ mb1eb0 ^ pb1eb0 ^ nb1fb0 ^ qb1fb0 ^ mb1gb0 ^ pb1gb0 ^ qb1gb0 ^ nb1hb0 ^ pb1hb0 ^ cb0;
		zb_r[3] <= mb1 ^ hb1 ^ mb1eb1 ^ pb1eb1 ^ nb1fb1 ^ qb1fb1 ^ mb1gb1 ^ pb1gb1 ^ qb1gb1 ^ nb1hb1 ^ pb1hb1 ^ cb0;
	end
	
	// tb_r;
	always @(posedge clk)
	begin
		tb_r[0] <= pb0 ^ qb0 ^ eb0 ^ hb0 ^ nb0eb0 ^ qb0eb0 ^ mb0fb0 ^ nb0fb0 ^ pb0fb0 ^ qb0fb0 ^ nb0gb0 ^ pb0gb0 ^ mb0hb0 ^ nb0hb0 ^ qb0hb0 ^ db0;
		tb_r[1] <= pb0 ^ qb0 ^ fb1 ^ gb1 ^ nb0eb1 ^ qb0eb1 ^ mb0fb1 ^ nb0fb1 ^ pb0fb1 ^ qb0fb1 ^ nb0gb1 ^ pb0gb1 ^ mb0hb1 ^ nb0hb1 ^ qb0hb1 ^ db0;
		tb_r[2] <= pb1 ^ qb1 ^ eb0 ^ hb0 ^ nb1eb0 ^ qb1eb0 ^ mb1fb0 ^ nb1fb0 ^ pb1fb0 ^ qb1fb0 ^ nb1gb0 ^ pb1gb0 ^ mb1hb0 ^ nb1hb0 ^ qb1hb0 ^ db0;
		tb_r[3] <= pb1 ^ qb1 ^ fb1 ^ gb1 ^ nb1eb1 ^ qb1eb1 ^ mb1fb1 ^ nb1fb1 ^ pb1fb1 ^ qb1fb1 ^ nb1gb1 ^ pb1gb1 ^ mb1hb1 ^ nb1hb1 ^ qb1hb1 ^ db0;
	end
	
	// rb_r;
	always @(posedge clk)
	begin
		rb_r[0] <= mb0 ^ nb0	   ^ mb0ab0 ^ nb0ab0 ^ pb0ab0 ^ mb0bb0 ^ qb0bb0 ^ mb0cb0 ^ pb0cb0 ^ nb0db0 ^ qb0db0 ^ eb0;
		rb_r[1] <= mb0 ^ nb0 ^ bb1 ^ mb0ab1 ^ nb0ab1 ^ pb0ab1 ^ mb0bb1 ^ qb0bb1 ^ mb0cb1 ^ pb0cb1 ^ nb0db1 ^ qb0db1 ^ eb0;
		rb_r[2] <= mb1 ^ nb1	   ^ mb1ab0 ^ nb1ab0 ^ pb1ab0 ^ mb1bb0 ^ qb1bb0 ^ mb1cb0 ^ pb1cb0 ^ nb1db0 ^ qb1db0 ^ eb0;
		rb_r[3] <= mb1 ^ nb1 ^ bb1 ^ mb1ab1 ^ nb1ab1 ^ pb1ab1 ^ mb1bb1 ^ qb1bb1 ^ mb1cb1 ^ pb1cb1 ^ nb1db1 ^ qb1db1 ^ eb0;
	end
	
	// sb_r;
	always @(posedge clk)
	begin
		sb_r[0] <= nb0		 ^ mb0ab0 ^ qb0ab0 ^ nb0bb0 ^ pb0bb0 ^ qb0bb0 ^ nb0cb0 ^ qb0cb0 ^ mb0db0 ^ nb0db0 ^ pb0db0 ^ qb0db0 ^ fb0;
		sb_r[1] <= nb0 ^ cb1 ^ mb0ab1 ^ qb0ab1 ^ nb0bb1 ^ pb0bb1 ^ qb0bb1 ^ nb0cb1 ^ qb0cb1 ^ mb0db1 ^ nb0db1 ^ pb0db1 ^ qb0db1 ^ fb0;
		sb_r[2] <= nb1		 ^ mb1ab0 ^ qb1ab0 ^ nb1bb0 ^ pb1bb0 ^ qb1bb0 ^ nb1cb0 ^ qb1cb0 ^ mb1db0 ^ nb1db0 ^ pb1db0 ^ qb1db0 ^ fb0;
		sb_r[3] <= nb1 ^ cb1 ^ mb1ab1 ^ qb1ab1 ^ nb1bb1 ^ pb1bb1 ^ qb1bb1 ^ nb1cb1 ^ qb1cb1 ^ mb1db1 ^ nb1db1 ^ pb1db1 ^ qb1db1 ^ fb0;
	end
	
	// ub_r;
	always @(posedge clk)
	begin
		ub_r[0] <= mb0		 ^ mb0ab0 ^ pb0ab0 ^ nb0bb0 ^ qb0bb0 ^ mb0cb0 ^ pb0cb0 ^ qb0cb0 ^ nb0db0 ^ pb0db0 ^ gb0;
		ub_r[1] <= mb0 ^ db1 ^ mb0ab1 ^ pb0ab1 ^ nb0bb1 ^ qb0bb1 ^ mb0cb1 ^ pb0cb1 ^ qb0cb1 ^ nb0db1 ^ pb0db1 ^ gb0;
		ub_r[2] <= mb1		 ^ mb1ab0 ^ pb1ab0 ^ nb1bb0 ^ qb1bb0 ^ mb1cb0 ^ pb1cb0 ^ qb1cb0 ^ nb1db0 ^ pb1db0 ^ gb0;
		ub_r[3] <= mb1 ^ db1 ^ mb1ab1 ^ pb1ab1 ^ nb1bb1 ^ qb1bb1 ^ mb1cb1 ^ pb1cb1 ^ qb1cb1 ^ nb1db1 ^ pb1db1 ^ gb0;
	end
	
	// vb_r;
	always @(posedge clk)
	begin
		vb_r[0] <= pb0 ^ qb0 ^ ab0 ^ db0 ^ nb0ab0 ^ qb0ab0 ^ mb0bb0 ^ nb0bb0 ^ pb0bb0 ^ qb0bb0 ^ nb0cb0 ^ pb0cb0 ^ mb0db0 ^ nb0db0 ^ qb0db0 ^ hb0;
		vb_r[1] <= pb0 ^ qb0 ^ bb1 ^ cb1 ^ nb0ab1 ^ qb0ab1 ^ mb0bb1 ^ nb0bb1 ^ pb0bb1 ^ qb0bb1 ^ nb0cb1 ^ pb0cb1 ^ mb0db1 ^ nb0db1 ^ qb0db1 ^ hb0;
		vb_r[2] <= pb1 ^ qb1 ^ ab0 ^ db0 ^ nb1ab0 ^ qb1ab0 ^ mb1bb0 ^ nb1bb0 ^ pb1bb0 ^ qb1bb0 ^ nb1cb0 ^ pb1cb0 ^ mb1db0 ^ nb1db0 ^ qb1db0 ^ hb0;
		vb_r[3] <= pb1 ^ qb1 ^ bb1 ^ cb1 ^ nb1ab1 ^ qb1ab1 ^ mb1bb1 ^ nb1bb1 ^ pb1bb1 ^ qb1bb1 ^ nb1cb1 ^ pb1cb1 ^ mb1db1 ^ nb1db1 ^ qb1db1 ^ hb0;
	end
	
	//// Output Assign;
	// SboxA;
	assign xa[0] = xa_r[0] ^ xa_r[1];
	assign xa[1] = xa_r[2] ^ xa_r[3];
	
	assign ya[0] = ya_r[0] ^ ya_r[1];
	assign ya[1] = ya_r[2] ^ ya_r[3];
	
	assign za[0] = za_r[0] ^ za_r[1];
	assign za[1] = za_r[2] ^ za_r[3];
	
	assign ta[0] = ta_r[0] ^ ta_r[1];
	assign ta[1] = ta_r[2] ^ ta_r[3];
	
	assign ra[0] = ra_r[0] ^ ra_r[1];
	assign ra[1] = ra_r[2] ^ ra_r[3];
	
	assign sa[0] = sa_r[0] ^ sa_r[1];
	assign sa[1] = sa_r[2] ^ sa_r[3];
	
	assign ua[0] = ua_r[0] ^ ua_r[1];
	assign ua[1] = ua_r[2] ^ ua_r[3];
	
	assign va[0] = va_r[0] ^ va_r[1];
	assign va[1] = va_r[2] ^ va_r[3];
	
	
	// SboxB;
	assign xb[0] = xb_r[0] ^ xb_r[1];
	assign xb[1] = xb_r[2] ^ xb_r[3];
	
	assign yb[0] = yb_r[0] ^ yb_r[1];
	assign yb[1] = yb_r[2] ^ yb_r[3];
	
	assign zb[0] = zb_r[0] ^ zb_r[1];
	assign zb[1] = zb_r[2] ^ zb_r[3];
	
	assign tb[0] = tb_r[0] ^ tb_r[1];
	assign tb[1] = tb_r[2] ^ tb_r[3];
	
	assign rb[0] = rb_r[0] ^ rb_r[1];
	assign rb[1] = rb_r[2] ^ rb_r[3];
	
	assign sb[0] = sb_r[0] ^ sb_r[1];
	assign sb[1] = sb_r[2] ^ sb_r[3];
	
	assign ub[0] = ub_r[0] ^ ub_r[1];
	assign ub[1] = ub_r[2] ^ ub_r[3];
	
	assign vb[0] = vb_r[0] ^ vb_r[1];
	assign vb[1] = vb_r[2] ^ vb_r[3];
	
endmodule